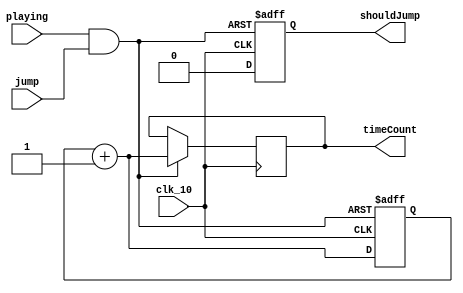
`timescale 1ns / 1ps
//////////////////////////////////////////////////////////////////////////////////
// Company: 
// Engineer: 
// 
// Design Name: 
// Module Name: GameInput
// Project Name: 
// Target Devices: 
// Tool Versions: 
// Description: 
// 
// Dependencies: 
// 
// Revision:
// Revision 0.01 - File Created
// Additional Comments:
// 
//////////////////////////////////////////////////////////////////////////////////


module GameInput(
    input playing,
    input jump,
    input clk_10,
    output reg [8:0]timeCount,
    output reg shouldJump
    );
    wire real_jump;
    reg [8:0] count;
    assign real_jump = (playing & jump);
    initial 
        begin
        count = 9'b0;
        shouldJump = 1;
        end
    always @ (posedge clk_10 or negedge real_jump)
        begin
        if ( ~real_jump ) 
            begin
            shouldJump = 1;
            timeCount = timeCount;
            count = 9'b0;
            end
        else
            begin
            shouldJump = 0;
            count = count + 9'b1;
            timeCount = count;            
            end
        end
endmodule